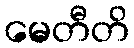
မေတီတိ